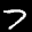
Label: 7